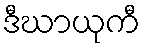
ဒီဃာယုကီ